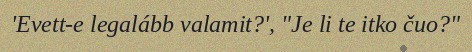
'Evett-e legalább valamit?', "Je li te itko čuo?"